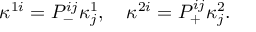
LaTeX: \kappa ^ { 1 i } = P _ { - } ^ { i j } \kappa _ { j } ^ { 1 } , \quad \kappa ^ { 2 i } = P _ { + } ^ { i j } \kappa _ { j } ^ { 2 } .